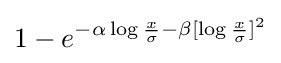
1-e^{-\alpha \log {\frac {x}{\sigma }}-\beta [\log {\frac {x}{\sigma }}]^{2}}